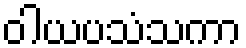
ဝါယပသံသကာ